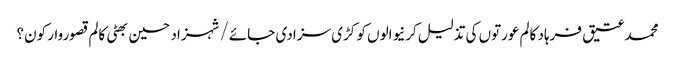
محمد عتیق فرہاد کالم	عورتوں کی تذلیل کرنیوالوں کو کڑی سزا دی جائے/شہزاد حسین بھٹی	کالم	قصوروار کون؟